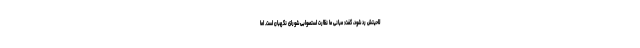
لاحیتش رد شود، گفت: مبانی ما نظارت استصوابی شورای نگهبان است. اما